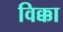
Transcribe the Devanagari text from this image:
विक्का